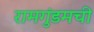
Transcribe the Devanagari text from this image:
रामगुंडमची